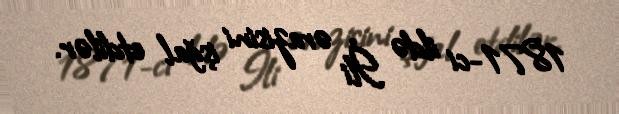
1871-ci ildə İli ərazisini işğal etdilər.